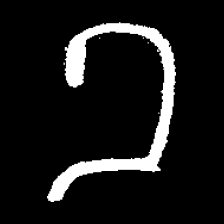
Pyu character \u2014 Myanmar letter: ခ (romanized: kha)